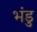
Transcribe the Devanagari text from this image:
भंडु